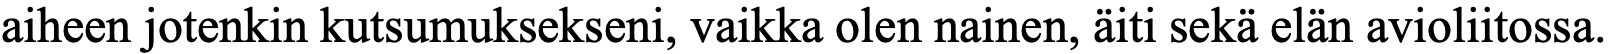
aiheen jotenkin kutsumuksekseni, vaikka olen nainen, äiti sekä elän avioliitossa.